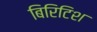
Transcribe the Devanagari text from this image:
बिरिटिश